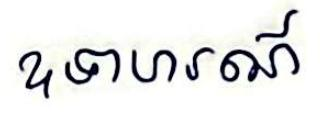
ឧទាហរណ៍